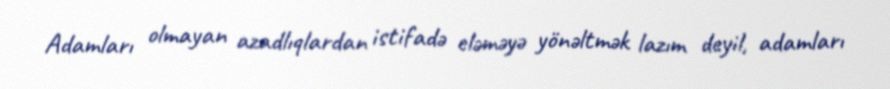
Adamları olmayan azadlıqlardan istifadə eləməyə yönəltmək lazım deyil, adamları